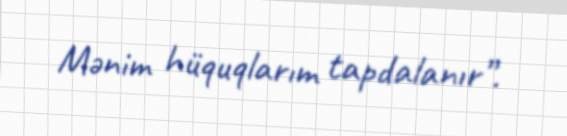
Mənim hüquqlarım tapdalanır”.